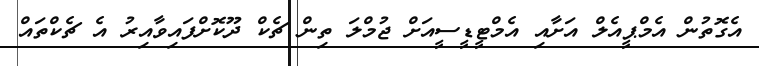
އެގޮތުން އެމްޕީއެލް އަށާއި އެމްޓީޑީސީއަށް ޖުމްލަ ތިން ޗެކް ދޫކޮށްފައިވާއިރު އެ ޗެކްތައް